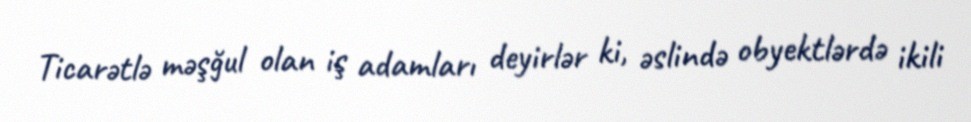
Ticarətlə məşğul olan iş adamları deyirlər ki, əslində obyektlərdə ikili